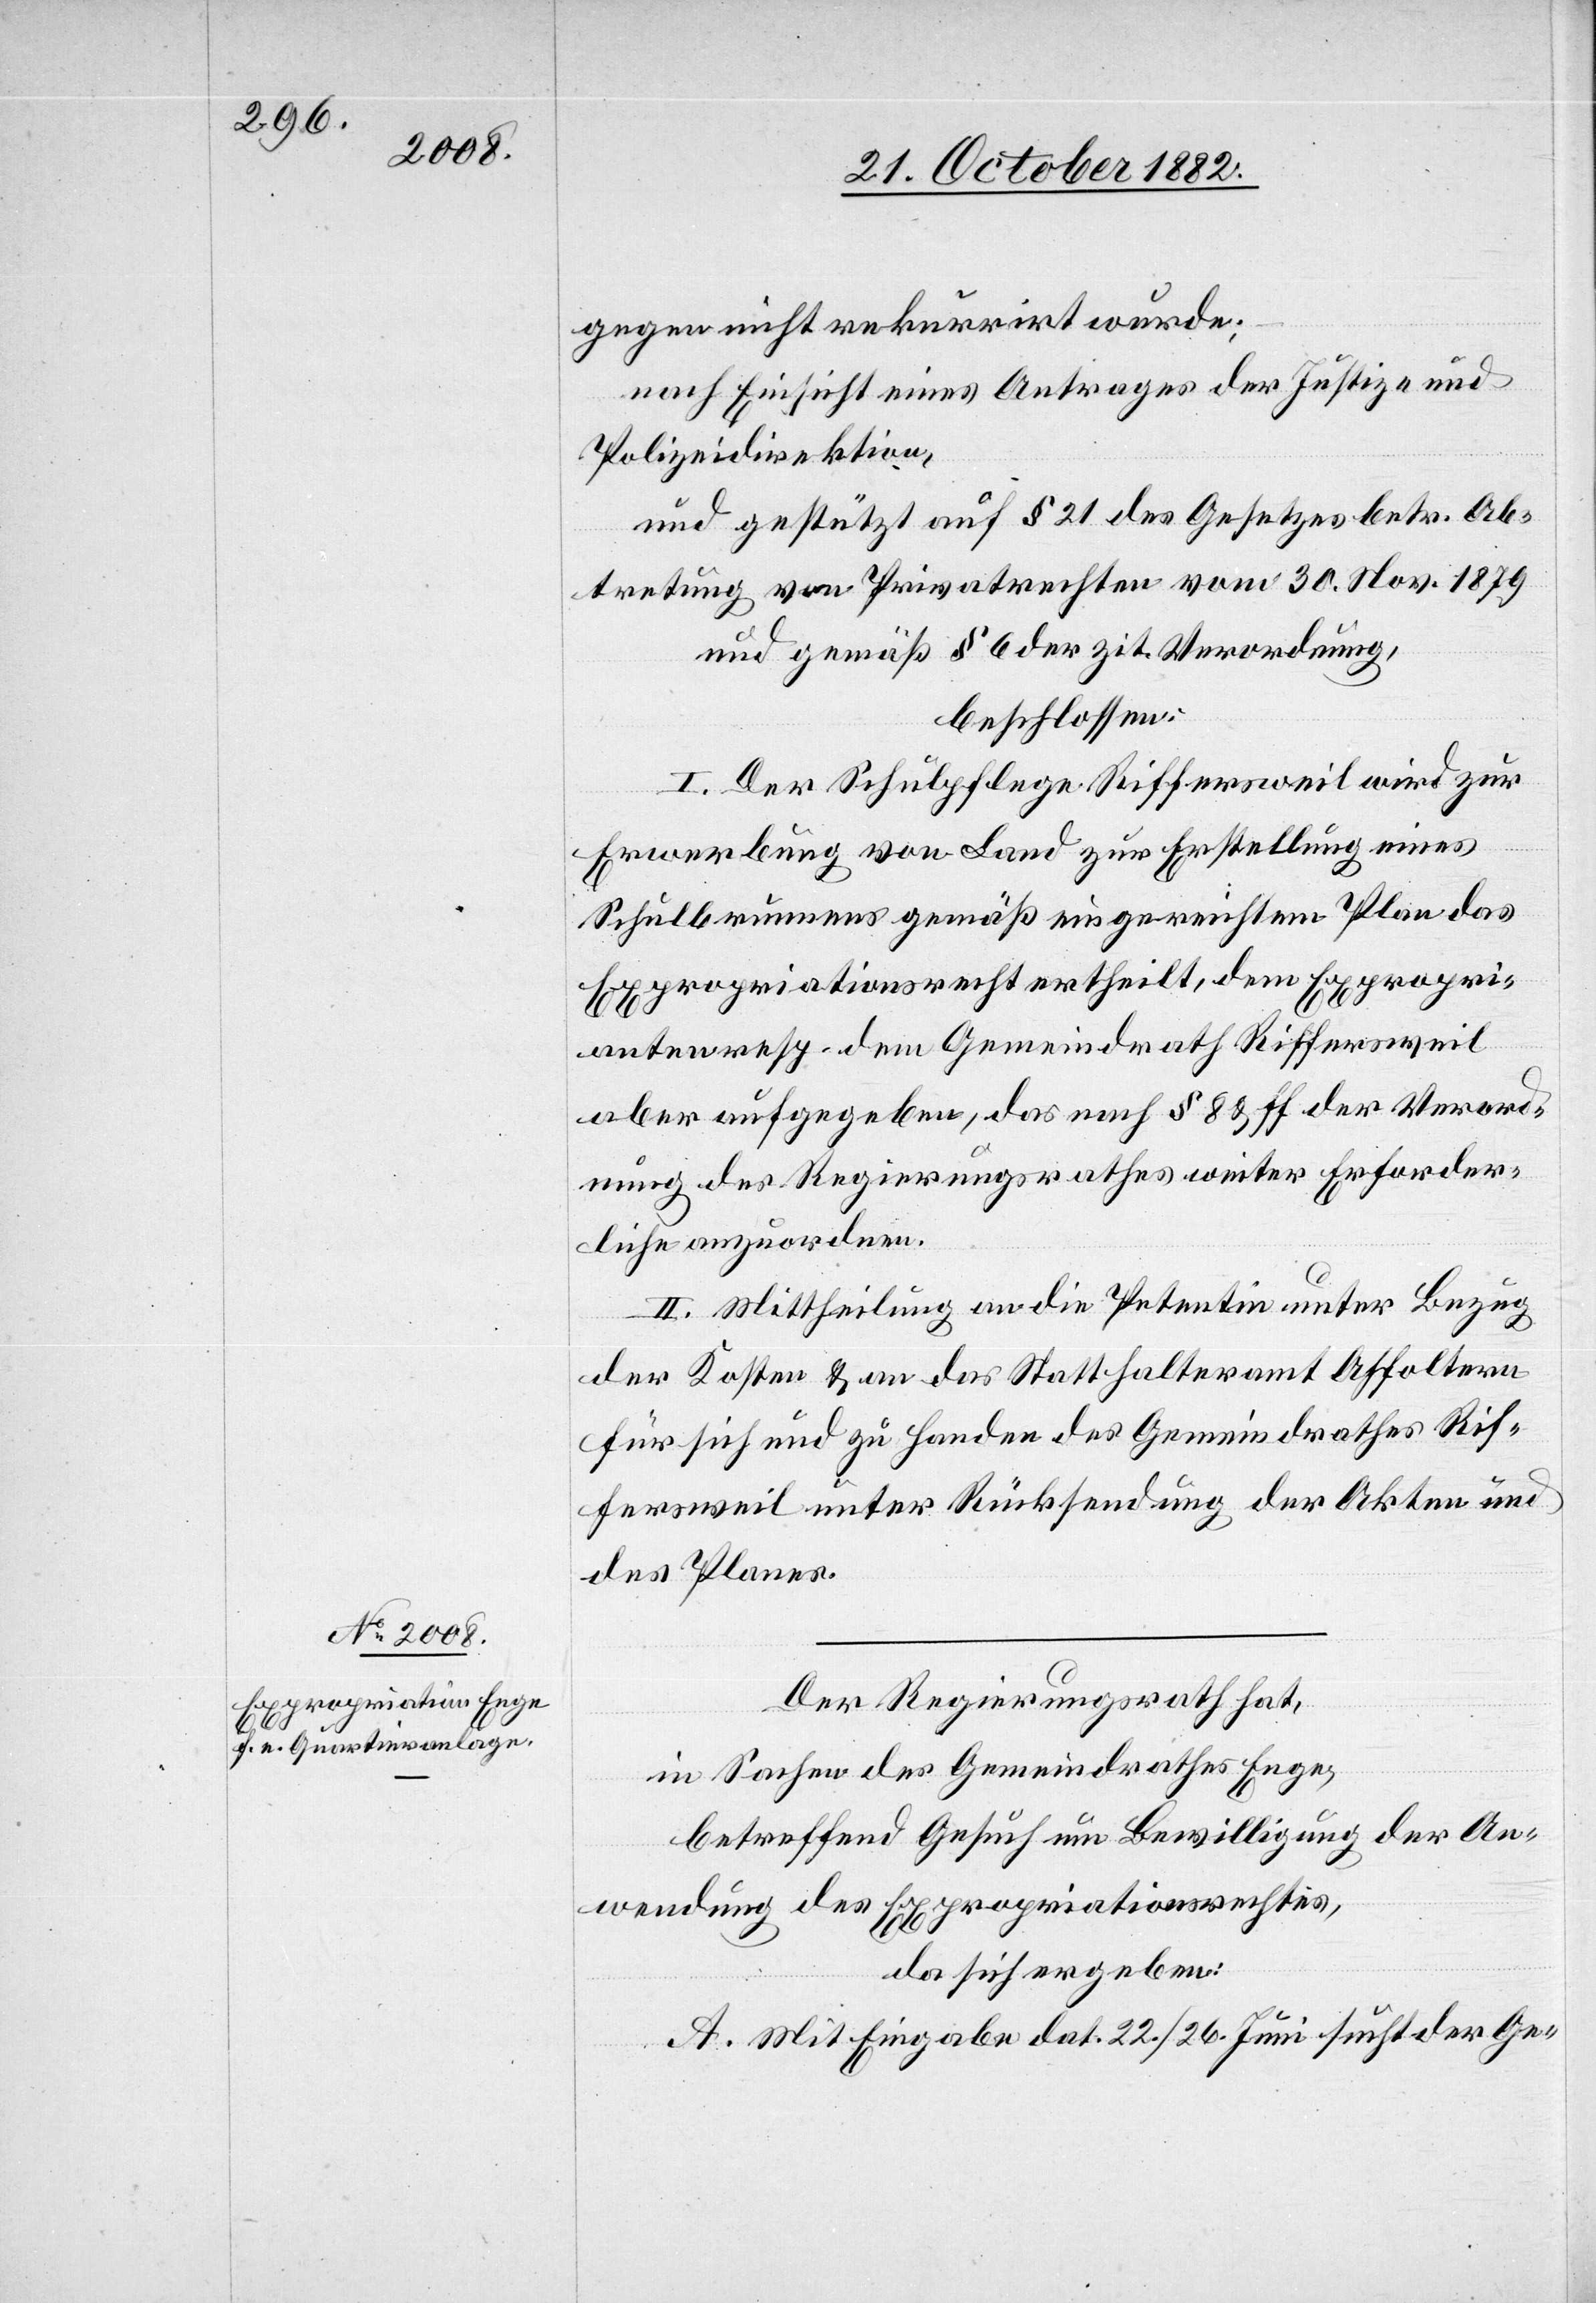
gegen nicht rekurrirt wurde;
nach Einsicht eines Antrages der Justiz- und
Polizeidirektion,
und gestützt auf § 21 des Gesetzes betr. Ab¬
tretung von Privatrechten vom 30. Nov. 1879
und gemäß § 6 der zit. Verordnung,
beschlossen:
I. Der Schulpflege Riffersweil wird zur
Erwerbung von Land zur Erstellung eines
Schulbrunnens gemäß eingereichtem Plan das
Expropriationsrecht ertheilt, dem Expropri¬
anten resp. dem Gemeindrath Riffersweil
aber aufgegeben, das nach § 8 & ff. der Verord¬
nung des Regierungsrathes weiter Erforder¬
liche anzuordnen.
II. Mittheilung an die Petentin unter Bezug
der Kosten & an das Statthalteramt Affoltern
für sich und zu Handen des Gemeindrathes Rif¬
fersweil unter Rücksendung der Akten und
des Planes.
Der Regierungsrath hat,
in Sachen des Gemeindrathes Enge,
betreffend Gesuch um Bewilligung der An¬
wendung des Expropriationsrechtes,
da sich ergeben:
A. Mit Eingabe dat. 22./26. Juni sucht der Ge-